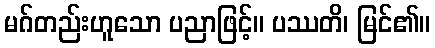
မဂ်တည်းဟူသော ပညာဖြင့်။ ပဿတိ၊ မြင်၏။